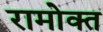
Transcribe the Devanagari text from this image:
रामोक्त